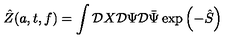
\hat { Z } ( a , t , f ) = \int { \cal D } X { \cal D } \Psi { \cal D } \bar { \Psi } \exp { \left( - \hat { S } \right) }